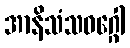
အာနိသံသဝဂ္ဂေါ